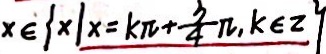
x \in \{ x \vert x = k \pi + \frac { 3 } { 4 } \pi , k \in z \}